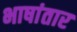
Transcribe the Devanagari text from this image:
भाषांतार